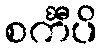
စင်္ကီပိ